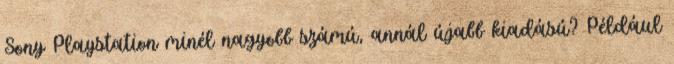
Sony Playstation minél nagyobb számú, annál újabb kiadású? Például